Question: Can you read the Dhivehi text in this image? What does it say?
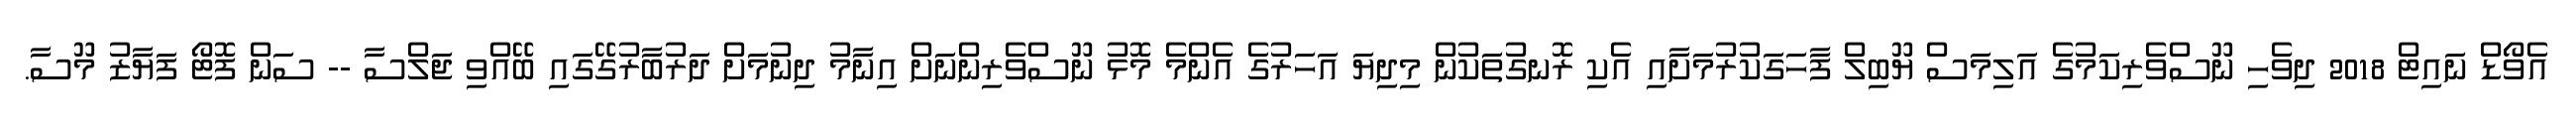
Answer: އެވޯޑް ނައިޓް 2018 ދިވެހި ނޫސްވެރިކަމުގެ އަލިމަސް ޔޫބިލް ފާހަގަކުރުމަށާއި އެކި ރޮނގުތަކުން މިދިޔަ އަހަރުގެ އެންމެ މޮޅު ނޫސްވެރިންނަށް އިނާމު ދިނުމަށް ދަރުބާރުގޭގައި ބޭއްވި ޖަލްސާ -- ސަން ފޮޓޯ ފަޔާޒު މޫސާ.